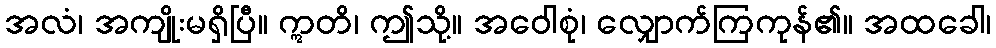
အလံ၊ အကျိုးမရှိပြီ။ ဣတိ၊ ဤသို့။ အဝေါစုံ၊ လျှောက်ကြကုန်၏။ အထခေါ၊